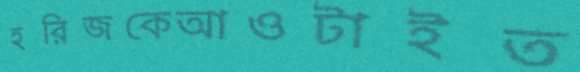
হরিজকেআওটাইত